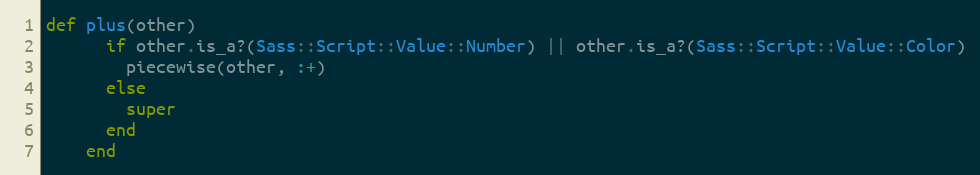
Language: Ruby
def plus(other)
      if other.is_a?(Sass::Script::Value::Number) || other.is_a?(Sass::Script::Value::Color)
        piecewise(other, :+)
      else
        super
      end
    end